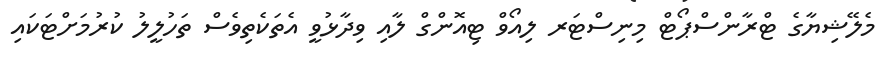
މެލޭޝިޔާގެ ޓްރާންސްޕޯޓް މިނިސްޓަރ ލިއޯވް ޓިއޮންގް ލާއި ވިދާޅުވީ އެތަކެތިވެސް ތަހުލީލު ކުރުމަށްޓަކައި